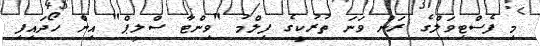
މި ފެސްޓިވަލްގެ ރަން ވަނަ ތުރުކީގެ ފިލްމު "ވިންޓާ ސްލީޕް" އިން ހޯދައިފި